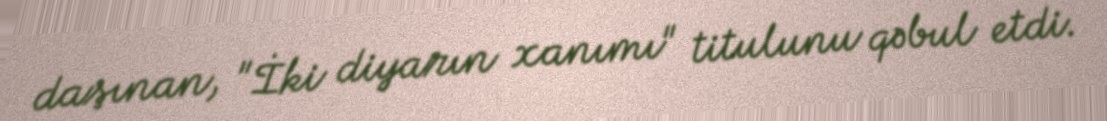
daşınan, "İki diyarın xanımı" titulunu qəbul etdi.